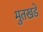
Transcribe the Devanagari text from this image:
मुतखडे